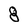
Character: 8